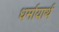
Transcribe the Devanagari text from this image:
धर्मायार्थ